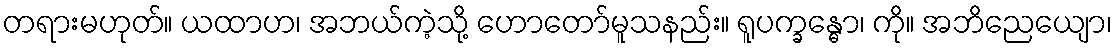
တရားမဟုတ်။ ယထာဟ၊ အဘယ်ကဲ့သို့ ဟောတော်မူသနည်း။ ရူပက္ခန္ဓော၊ ကို။ အဘိညေယျော၊